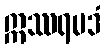
ဣဿရမဒံ